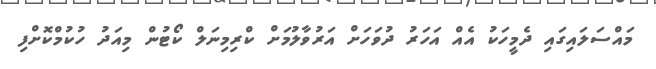
މައްސަލައިގައި ދެމީހަކު އެއް އަހަރު ދުވަހަށް އަރުވާލުމަށް ކްރިމިނަލް ކޯޓުން މިއަދު ހުކުމްކޮށްފި